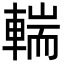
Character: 輲